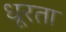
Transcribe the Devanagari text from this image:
धूरता